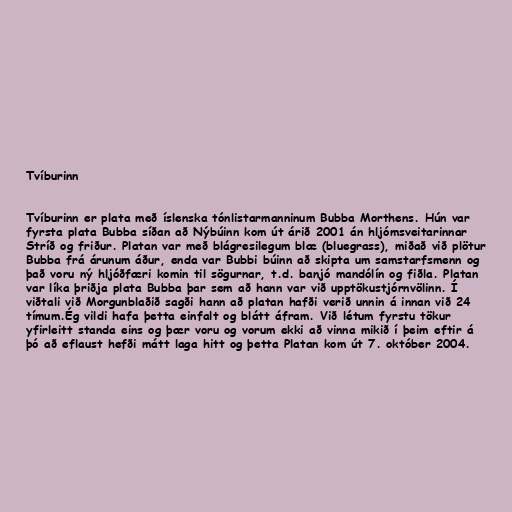
Tvíburinn

Tvíburinn er plata með íslenska tónlistarmanninum Bubba Morthens. Hún var
fyrsta plata Bubba síðan að Nýbúinn kom út árið 2001 án hljómsveitarinnar
Stríð og friður. Platan var með blágresilegum blæ (bluegrass), miðað við plötur
Bubba frá árunum áður, enda var Bubbi búinn að skipta um samstarfsmenn og
það voru ný hljóðfæri komin til sögurnar, t.d. banjó mandólín og fiðla. Platan
var líka þriðja plata Bubba þar sem að hann var við upptökustjórnvölinn. Í
viðtali við Morgunblaðið sagði hann að platan hafði verið unnin á innan við 24
tímum.Ég vildi hafa þetta einfalt og blátt áfram. Við létum fyrstu tökur
yfirleitt standa eins og þær voru og vorum ekki að vinna mikið í þeim eftir á
þó að eflaust hefði mátt laga hitt og þetta Platan kom út 7. október 2004.